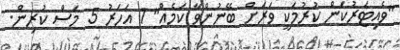
"ވެއިޓަރުކަން ކުރުމަކީ ވަރަށް ބޭނުންވާ ކަމެއް" 1 އަހަރު 5 މަސް ކުރިން.